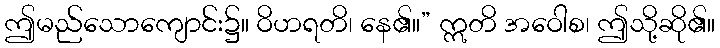
ဤမည်သောကျောင်း၌။ ဝိဟရတိ၊ နေ၏။” ဣတိ အဝေါစ၊ ဤသို့ဆို၏။